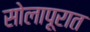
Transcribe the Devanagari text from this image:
सोलापूरात